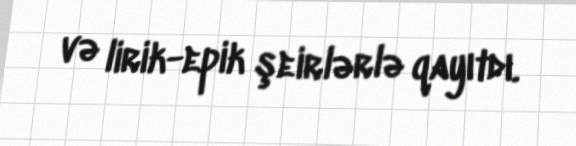
və lirik-epik şeirlərlə qayıtdı.